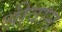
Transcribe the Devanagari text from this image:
श्रीवान